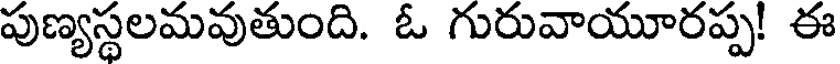
పుణ్యస్థలమవుతుంది. ఓ గురువాయూరప్ప! ఈ